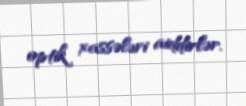
optik xassələri aiddirlər.